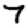
Digit: 7